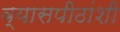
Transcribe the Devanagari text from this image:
व्यासपीठांशी